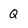
Character: Q